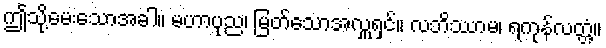
ဤသို့မေးသောအခါ။ မဟာပုည၊ မြတ်သောအလှူရှင်။ လဘိဿာမ၊ ရကုန်လတ္တံ့။